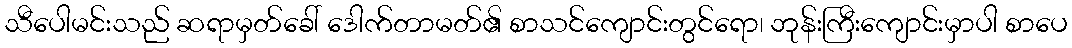
သီပေါမင်းသည် ဆရာမှတ်ခေါ် ဒေါက်တာမတ်၏ စာသင်ကျောင်းတွင်ရော၊ ဘုန်းကြီးကျောင်းမှာပါ စာပေ